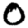
Digit: 0